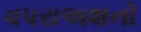
વપરાઅશનો